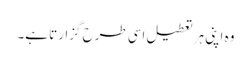
وہ اپنی ہر تعطیل اسی طرح گزارتا ہے۔